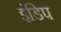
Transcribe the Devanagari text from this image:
इंडिप